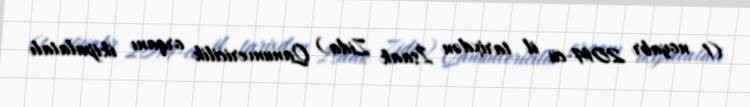
(1 noyabr 2014-cü il tarixdən İsaak Zida) Qanunvericilik orqanı ikipalatalı